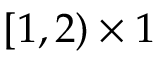
[ 1 , 2 ) \times 1